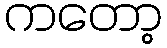
ကတော့